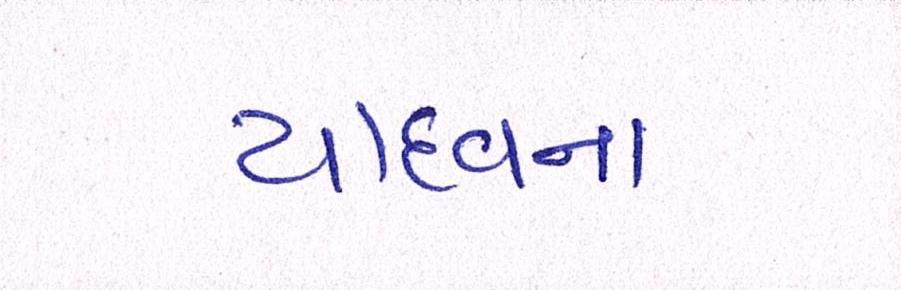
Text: યાદવનાં